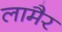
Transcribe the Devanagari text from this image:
लामैर